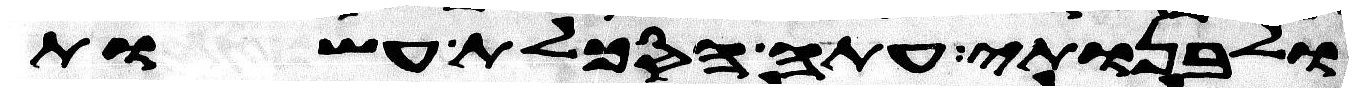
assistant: ולבנותי עתה הסכלת עשות